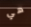
هي